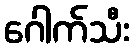
ဂေါက်သီး